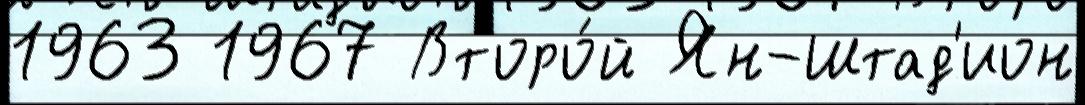
1963 1967 Второ́й Ян-Штад'ион